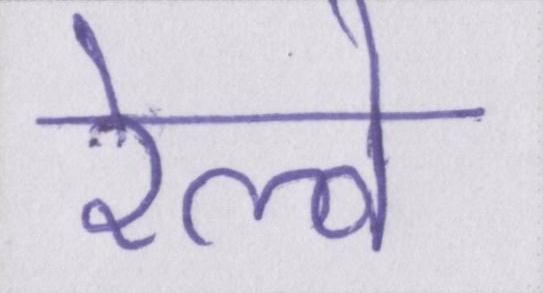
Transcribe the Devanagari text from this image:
रेल्वे